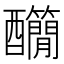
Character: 𨤄